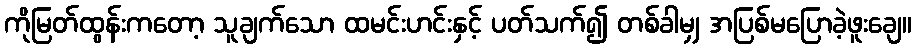
ကိုမြတ်ထွန်းကတော့ သူချက်သော ထမင်းဟင်းနှင့် ပတ်သက်၍ တစ်ခါမျှ အပြစ်မပြောခဲ့ဖူးချေ။